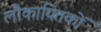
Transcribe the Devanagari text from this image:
लौकायितकों